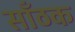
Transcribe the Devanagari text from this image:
साँठक